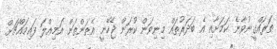
ތަރައްގީނުވާނެ ކަމަށާއި އެ ބަދަރުތައް މިނިވަން ކުރަން ޖެހޭނީ އެތަންތަން އަމިއްލަ ފައިމައްޗަށް